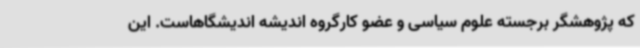
که پژوهشگر برجسته علوم سیاسی و عضو کارگروه اندیشه اندیشگاهاست. این